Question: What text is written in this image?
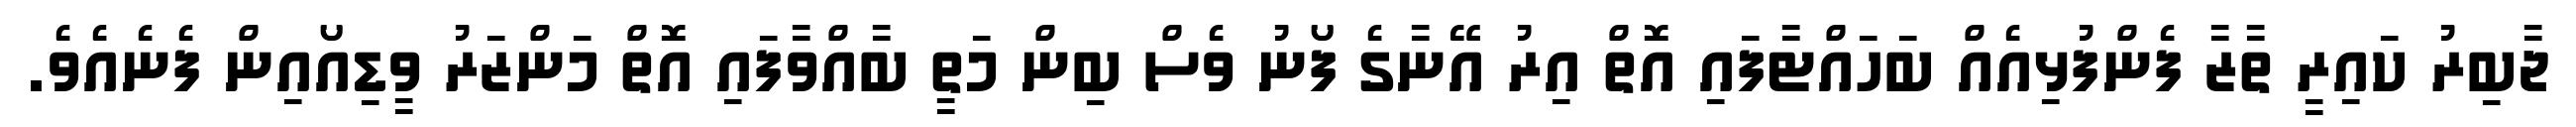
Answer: ޖާބިރު ކައިރީ ތާޒާ ފެންފުޅިއެއް ބަހައްޓާފައި އޮތް އިރު އޭނާގެ ފޯނު ވެސް ބިން މަތީ ބާއްވާފައި އޮތް މަންޒަރު ވީޑިއޯއިން ފެނެއެވެ.